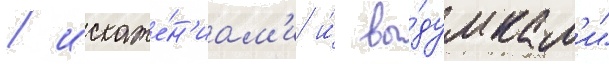
/ искаже́н'иам'и и́ вы́думкам'и"